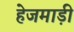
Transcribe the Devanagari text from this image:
हेजमाड़ी